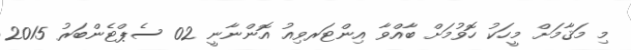
މި މަޤާމަށް މީހަކު ހޮވުމަށް ބާއްވާ އިންޓަރވިއު އޮންނާނީ 02 ސެޕްޓެންބަރު 2015